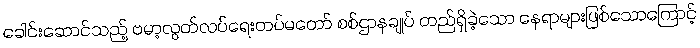
ခေါင်းဆောင်သည့် ဗမာ့လွတ်လပ်ရေးတပ်မတော် စစ်ဌာနချုပ် တည်ရှိခဲ့သော နေရာများဖြစ်သောကြောင့်